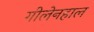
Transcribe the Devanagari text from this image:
गीलेनहाल